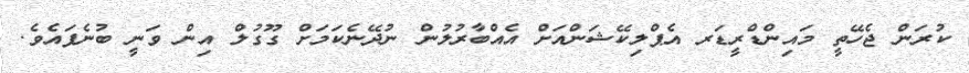
ކުރަން ޖެހޭތީ މައިންޑްރީޑަރ އެޕްލިކޭޝަންއަށް އެއްބާރުލުން ނުދޭނެކަމަށް ގޫގުލް އިން ވަނީ ބުނެފައެވެ.